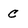
Character: c